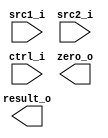
//Subject:     CO project 2 - ALU
//--------------------------------------------------------------------------------
//Version:     1
//--------------------------------------------------------------------------------
//Writer:      
//----------------------------------------------
//Date:        
//----------------------------------------------
//Description: 
//--------------------------------------------------------------------------------

module ALU(
    src1_i,
	src2_i,
	ctrl_i,
	result_o,
	zero_o
	);
     
//I/O ports
input  [32-1:0]  src1_i;
input  [32-1:0]	 src2_i;
input  [4-1:0]   ctrl_i;

output [32-1:0]	 result_o;
output           zero_o;

//Internal signals
reg    [32-1:0]  result_o;
wire             zero_o;

//Parameter

//Main function

endmodule